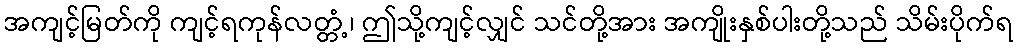
အကျင့်မြတ်ကို ကျင့်ရကုန်လတ္တံ့၊ ဤသို့ကျင့်လျှင် သင်တို့အား အကျိုးနှစ်ပါးတို့သည် သိမ်းပိုက်ရ